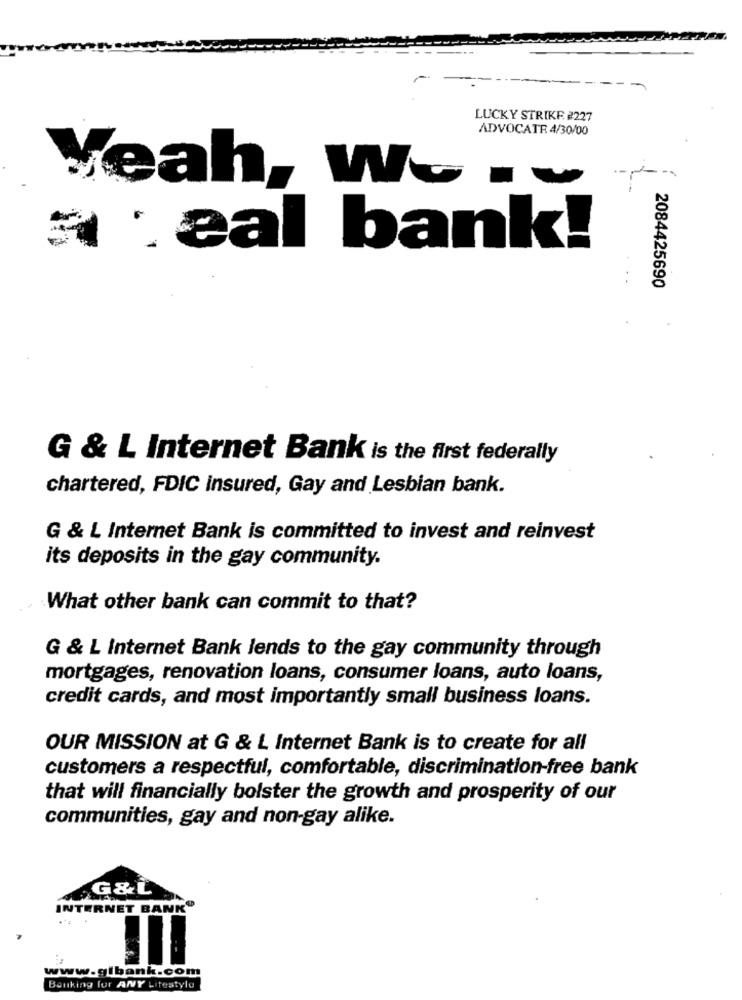
LUCKY STRIKE. 2227
ADVOCATE 4/30/00
Yeah, Wo .v
seal bank!
2084425690
G & L Internet Bank is the first federally
chartered, FDIC insured, Gay and Lesbian bank.
G & L Internet Bank is committed to invest and reinvest
its deposits in the gay community.
What other bank can commit to that?
G & L Internet Bank lends to the gay community through
mortgages, renovation loans, consumer loans, auto loans,
credit cards, and most importantly small business loans.
OUR MISSION at G & L Internet Bank is to create for all
customers a respectful, comfortable, discrimination-free bank
that will financially bolster the growth and prosperity of our
communities, gay and non-gay alike.
.G& L
INTERNET BANK"
www.gibank.com
Banking for ANY Lifestyle